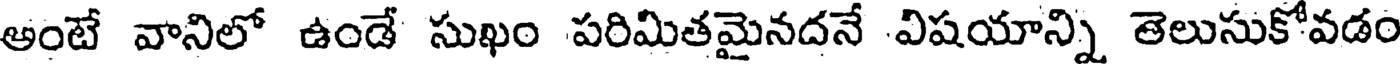
అంటే వానిలో ఉండే సుఖం పరిమితమైనదనే విషయాన్ని తెలుసుకోవడం